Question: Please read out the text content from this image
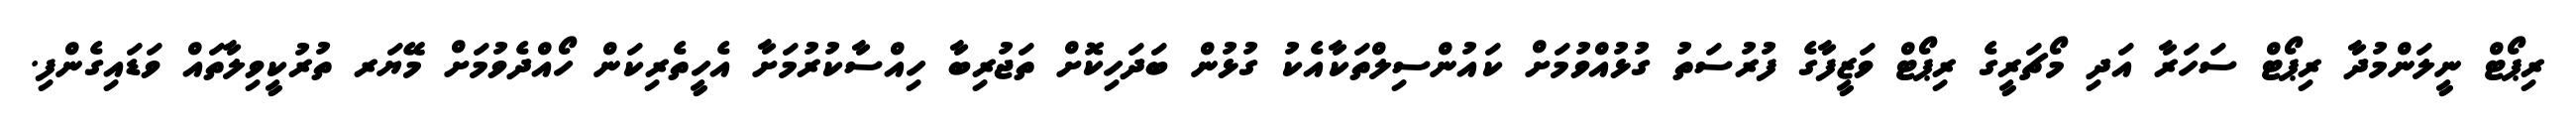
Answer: ރިޕޯޓް ނީލަންމުދާ ރިޕޯޓް ސަހަރާ އަދި މޯޗަރީގެ ރިޕޯޓް ވަޒީފާގެ ފުރުސަތު ގުޅުއްވުމަށް ކައުންސިލްތަކާއެކު ގުޅުން ބަދަހިކޮށް ތަޖުރިބާ ހިއްސާކުރުމަށާ އެހީތެރިކަން ހޯއްދެވުމަށް މޭޔަރ ތުރުކީވިލާތައް ވަޑައިގެންފި.